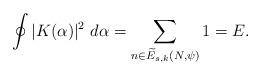
LaTeX: \begin{align*}\oint |K( \alpha)|^2 \ d\alpha = \sum_{ n \in \widetilde{E}_{s,k}(N, \psi) } 1 = E.\end{align*}